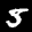
Label: 5